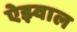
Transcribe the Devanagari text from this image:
ऐझ्वाल